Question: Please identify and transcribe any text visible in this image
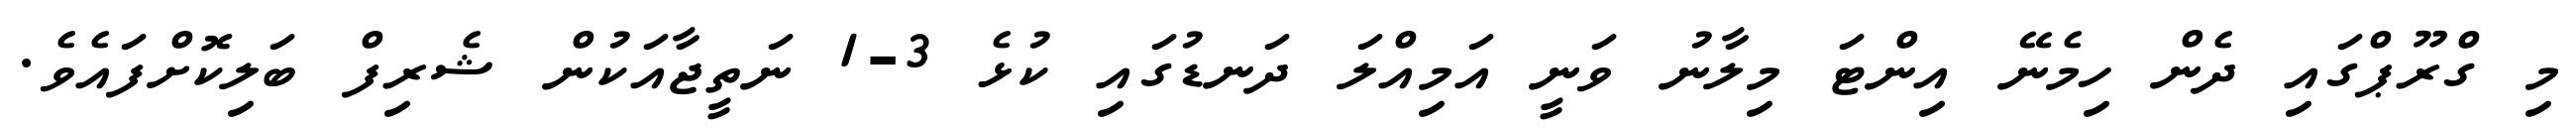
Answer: މި ގްރޫޕްގައި ދެން ހިމެނޭ އިންޓަ މިލާނު ވަނީ އަމިއްލަ ދަނޑުގައި ކުޅެ 3-1 ނަތީޖާއަކުން ޝެރިފް ބަލިކޮށްފައެވެ.